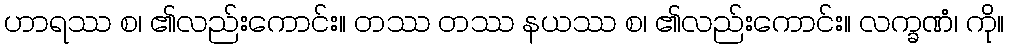
ဟာရဿ စ၊ ၏လည်းကောင်း။ တဿ တဿ နယဿ စ၊ ၏လည်းကောင်း။ လက္ခဏံ၊ ကို။